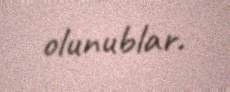
olunublar.